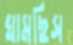
ঘামছিস